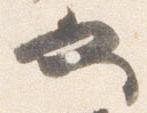
也